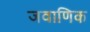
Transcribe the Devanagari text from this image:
जवाणिक